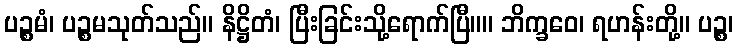
ပဉ္စမံ၊ ပဉ္စမသုတ်သည်။ နိဋ္ဌိတံ၊ ပြီးခြင်းသို့ရောက်ပြီ။။ ဘိက္ခဝေ၊ ရဟန်းတို့။ ပဉ္စ၊